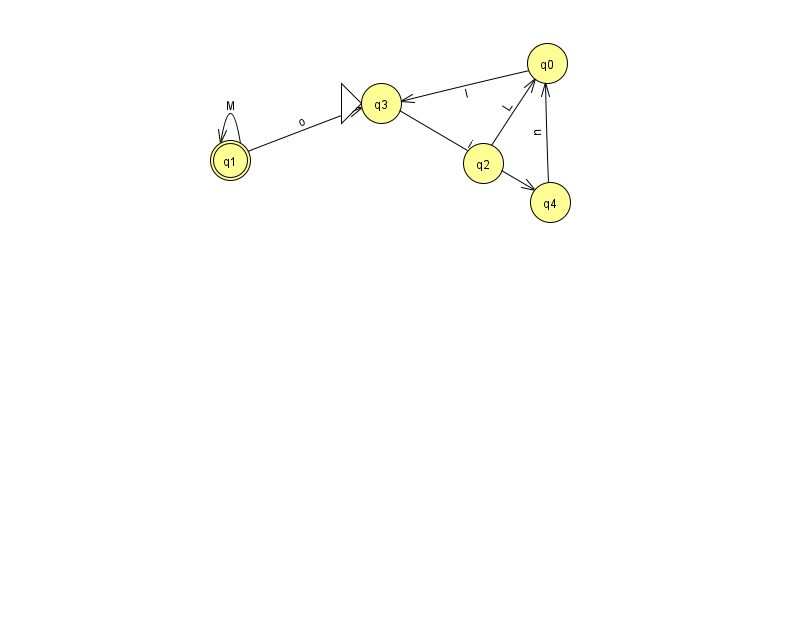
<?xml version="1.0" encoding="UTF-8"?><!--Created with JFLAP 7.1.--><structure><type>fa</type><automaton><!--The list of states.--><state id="0" name="q0"><x>547.0</x><y>50.0</y></state><state id="1" name="q1"><x>230.0</x><y>147.0</y><final/></state><state id="2" name="q2"><x>483.0</x><y>150.0</y></state><state id="3" name="q3"><x>381.0</x><y>90.0</y><initial/></state><state id="4" name="q4"><x>550.0</x><y>189.0</y></state><!--The list of transitions.--><transition><from>0</from><to>3</to><read>l</read></transition><transition><from>2</from><to>0</to><read>L</read></transition><transition><from>3</from><to>4</to><read>i</read></transition><transition><from>4</from><to>0</to><read>u</read></transition><transition><from>1</from><to>1</to><read>M</read></transition><transition><from>1</from><to>3</to><read>o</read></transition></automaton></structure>